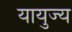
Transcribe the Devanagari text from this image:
यायुज्य